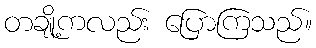
တချို့ကလည်း ပြောကြသည်။